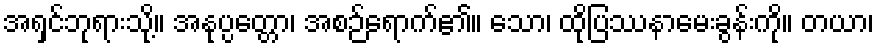
အရှင်ဘုရားသို့။ အနုပ္ပတ္တော၊ အစဉ်ရောက်၏။ သော၊ ထိုပြဿနာမေးခွန်းကို။ တယာ၊